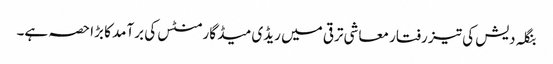
بنگلہ دیش کی تیز رفتار معاشی ترقی میں ریڈی میڈ گارمنٹس کی برآمد کا بڑا حصہ ہے۔